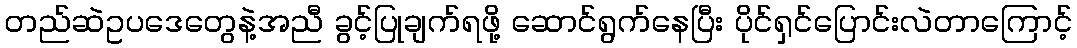
တည်ဆဲဥပဒေတွေနဲ့အညီ ခွင့်ပြုချက်ရဖို့ ဆောင်ရွက်နေပြီး ပိုင်ရှင်ပြောင်းလဲတာကြောင့်